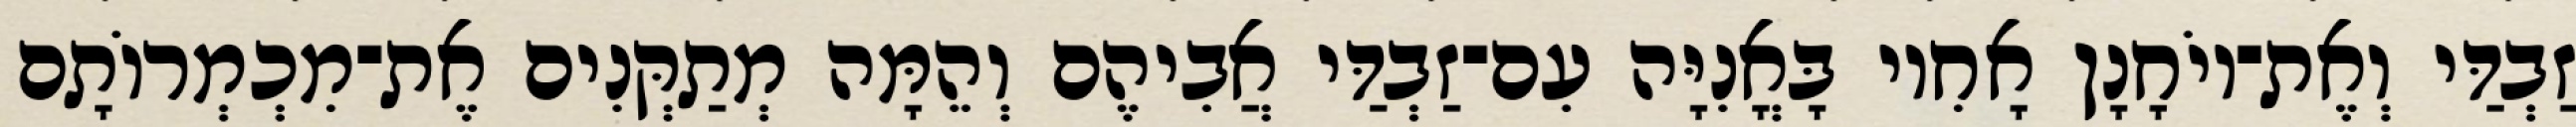
זַבְדַּי וְאֶת־יוֹחָנָן אָחִיו בָּאֳנִיָּה עִם־זַבְדַּי אֲבִיהֶם וְהֵמָּה מְתַקְּנִים אֶת־מִכְמְרוֹתָם